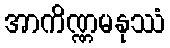
အာကိဏ္ဏမနုဿံ